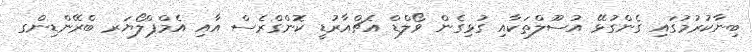
ބިނާކުރުމުގައި ގެންގުޅޭ އުސޫލްތަކާއި ގުޅިގެން ވޯލްޑް އެޗްއާރުޑީ ކޮންގްރެސް އާއި އެމްޕްލޯޔަރ ބްރޭންޑިންގ